Report on vaccination in Madras 1922-1929 - 1922-1929
Year: 1922
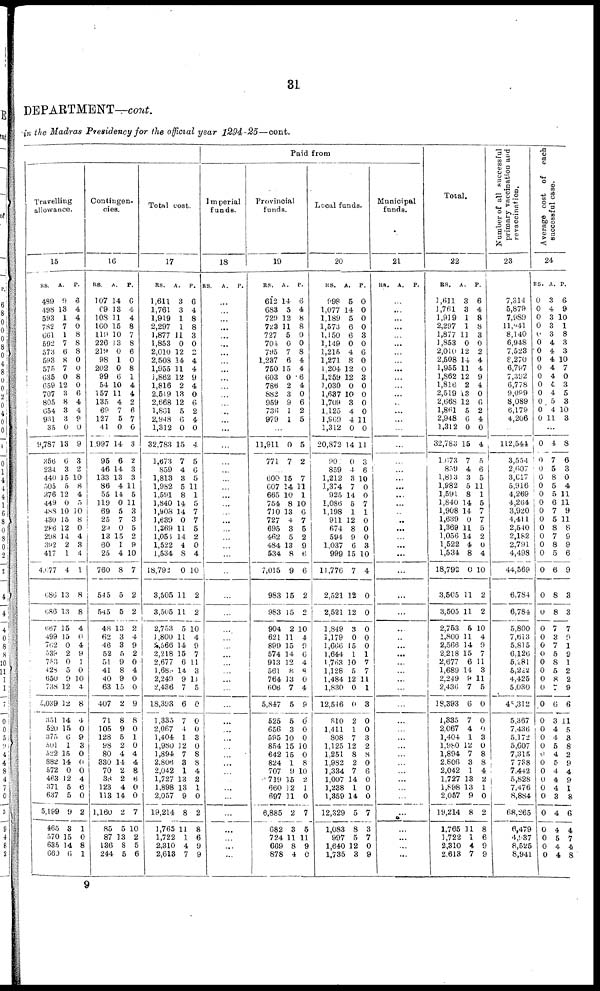
31
DEPARTMENT—cont.
in the Madras Presidency for the official year 1294-25—cont.
Paid from
Travelling
allowance.
15
RS.
489
498
593
782
661
592
573
593
575
635
659
707
805
654
931
35
9,787
356
234
440
505
376
449
488
430
286
298
392
417
4,677
686
686
667
499
762
539
753
428
650
738
5,039
351
520
375
501
522
882
572
463
371
637
5,199
465
570
635
660
A.
9
13
1
7
1
7
6
8
7
0
12
3
8
3
3
0
13
6
3
15
5
12
0
10
15
12
14
2
1
4
13
13
15
15
0
2
0
5
9
12
12
14
15
6
1
15
14
0
12
5
5
9
3
15
14
6
P.
6
4
4
0
8
8
8
0
0
8
0
6
4
4
9
0
9
3
2
10
8
4
5
10
8
0
4
3
4
1
8
8
4
0
4
9
1
0
10
4
8
4
0
9
3
0
0
0
4
6
0
2
1
0
8
1
Contingen-
cies.
16
RS.
107
69
108
160
119
226
219
98
202
99
54
157
135
69
127
41
1,997
95
46
133
86
55
119
69
25
29
13
60
25
760
545
545
48
62
46
52
51
41
40
63
407
71
105
128
98
80
330
70
36
123
113
1,160
85
87
136
244
A.
14
13
11
15
10
13
0
1
0
6
10
11
4
7
5
0
14
6
14
13
4
14
0
5
7
0
15
1
4
8
5
5
13
3
3
5
9
8
9
15
2
8
9
5
2
4
14
2
2
4
14
2
5
13
8
5
P.
6
4
4
8
7
8
6
0
8
1
4
4
2
6
7
0
3
2
3
3
11
5
11
3
3
5
9
9
10
7
2
2
2
4
9
2
0
4
0
0
9
8
0
1
0
4
4
8
6
0
0
7
10
2
5
6
Total cost.
17
RS.
1,611
1,761
1,919
2,297
1,877
1,853
2,010
2,508
1,955
1,862
1,816
2,519
2,668
1,861
2,948
1,312
32,783
1,673
859
1,813
1,982
1,591
1,840
1,908
1,639
1,369
1,056
1,522
1,534
18,792
3,505
3,505
2,753
1,800
2,566
2,218
2,677
1,689
2,249
2,436
18,393
1,335
2,067
1,404
1,980
1,894
2,806
2,042
1,727
1,898
2,057
19,214
1,765
1,722
2,310
2,613
A.
3
3
1
1
11
0
12
14
11
12
2
13
12
5
6
0
15
7
4
3
5
8
14
14
0
11
14
4
8
0
11
11
5
11
14
15
6
14
9
7
6
7
4
1
12
7
3
1
13
13
9
8
11
1
4
7
P.
6
4
8
8
3
0
2
4
4
9
4
0
6
2
4
0
4
5
6
5
11
1
5
7
7
5
2
0
4
10
2
2
10
4
9
7
11
3
11
5
0
0
0
3
0
8
8
4
2
1
0
2
8
6
9
9
Imperial
funds.
18
RS.
A.
P.
...
...
...
...
...
...
...
...
...
...
...
...
...
...
...
...
...
...
...
...
...
...
...
...
...
...
...
...
...
...
...
...
...
...
...
...
...
...
...
...
...
...
...
...
...
...
...
...
...
...
...
...
...
...
...
...
Provincial
funds.
19
RS.
612
683
729
723
727
704
795
1,237
750
603
786
882
959
736
979
A.
14
5
12
11
5
0
7
6
15
0
2
3
9
1
1
P.
6
4
8
8
0
0
8
4
4
6
4
0
6
2
5
...
11,911
771
0
7
5
2
...
600
607
665
754
710
727
695
462
484
534
7,015
983
983
904
621
899
574
913
561
764
606
5,847
525
656
595
854
642
824
707
719
660
697
6,885
682
724
669
878
15
14
10
8
13
4
3
5
13
8
9
15
15
2
11
15
14
12
8
13
7
5
5
3
10
15
15
1
9
15
12
11
2
3
11
8
4
7
11
1
10
6
7
5
2
9
6
6
2
2
10
4
9
6
4
8
0
4
9
0
0
0
10
0
8
10
2
1
0
7
5
11
9
0
Local funds.
20
RS.
998
1,077
1,189
1,573
1,150
1,149
1,215
1,271
1,204
1,259
1,030
1,637
1,709
1,125
1,969
1,312
20,872
90
859
1,212
1,374
925
1,086
1,198
911
674
594
1,037
999
11,776
2,521
2,521
1,849
1,179
1,666
1,644
1,763
1,128
1,484
1,830
12,546
810
1,411
808
1,125
1,251
1,982
1,334
1,007
1,238
1,359
12,329
1,083
997
1,640
1,735
A.
5
14
5
6
6
0
4
8
12
12
0
10
3
4
4
0
14
0
4
3
7
14
5
1
12
8
9
6
15
7
12
12
3
0
15
1
10
5
12
0
0
2
1
7
12
8
2
7
14
1
14
5
8
5
12
3
P.
0
0
0
0
3
0
6
0
0
3
0
0
0
0
11
0
11
3
6
10
0
0
7
1
0
0
0
3
10
4
0
0
0
0
0
1
7
7
11
1
3
0
0
3
2
8
0
6
0
0
0
7
3
7
0
9
Municipal
funds.
21
RS. A. P.
...
...
...
...
...
...
...
...
...
...
...
...
...
...
...
...
...
...
...
...
...
...
...
...
...
...
...
...
...
...
...
...
...
...
...
...
...
...
...
...
...
...
...
...
...
...
...
...
...
...
...
...
...
...
...
...
Total.
22
RS.
1,611
1,761
1,919
2,297
1,877
1,853
2,010
2,508
1,955
1,862
1,816
2,519
2,668
1,861
2,948
1,312
32,783
1,673
859
1,813
1,982
1,591
1,840
1,908
1,639
1,369
1,056
1,522
1,534
18,792
3,505
3,505
2,753
1,800
2,566
2,218
2,677
1,689
2,249
2,430
18,393
1,335
2,067
1,404
1,980
1,894
2,806
2,042
1,727
1,898
2,057
19,214
1,765
1,722
2,310
2,613
A.
3
3
1
1
11
0
12
14
11
12
2
13
12
5
6
0
15
7
4
3
5
8
14
14
0
11
14
4
8
0
11
11
5
11
14
15
6
14
9
7
6
7
4
1
12
7
3
1
13
13
9
8
11
1
4
7
P.
6
4
8
8
3
0
2
4
4
9
4
0
6
2
4
0
4
5
6
5
11
1
5
7
7
5
2
0
4
10
2
2
10
4
9
7
11
3
11
5
0
0
0
3
0
8
8
4
2
1
0
2
8
6
9
9
Number of all successful
primary vaccination and
revaccination.
23
7,314
5,879
7,989
11,941
8,140
6,948
7,523
8,270
6,797
7,392
6,778
9,099
8,089
6,179
4,206
...
112,544
3,554
2,607
3,617
5,916
4,269
4,264
3,920
4,411
2,540
2,182
2,791
4,498
44,569
6,784
6,784
5,800
7,613
5,815
6,126
5,281
5,222
4,425
5,030
45,312
5,367
7,436
5,172
5,607
7,315
7,738
7,442
5,828
7,476
8,884
68,265
6,479
4,937
8,525
8,941
Average cost of each
successful case.
24
RS.
0
0
0
0
0
0
0
0
0
0
0
0
0
0
0
A.
3
4
3
3
3
4
4
4
4
4
4
4
5
4
11
P.
6
9
10
1
8
3
3
10
7
0
3
5
3
10
3
...
0
0
0
0
0
0
0 0
0
0
0
0
0
0
0
0
0
0
0
0
0
0
0
0
0
0
0
0
0
0
0
0
0
0
0
0
0
0
0
0
4
7
5
8
5
5
6
7
5
8
7
8
5
6
8
8
7
3
7
5
8
5
8
7
6
3
4
4
5
4
5
4
4
4
3
4
4
5
4
4
8
6
3
0
4
11
11
9
11
8
9
9
6
9
3
3
7
9
1
9
1
2
2
9
6
11
5
3
8
2
9
4
9
1
8
6
4
7
4
8
9